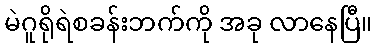
မဲဂူရိုရဲစခန်းဘက်ကို အခု လာနေပြီ။